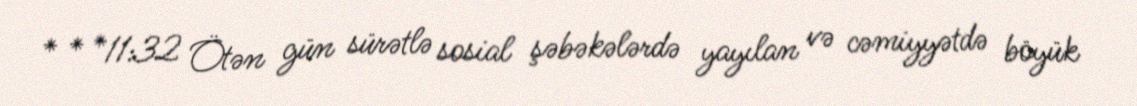
* * *11:32 Ötən gün sürətlə sosial şəbəkələrdə yayılan və cəmiyyətdə böyük